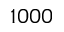
1 0 0 0